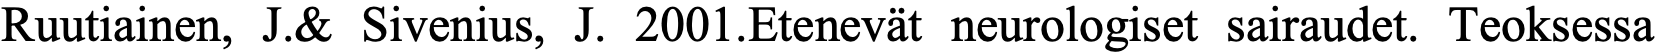
Ruutiainen, J.& Sivenius, J. 2001.Etenevät neurologiset sairaudet. Teoksessa